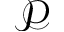
\mathcal { P }